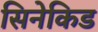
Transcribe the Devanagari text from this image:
सिनेकिड